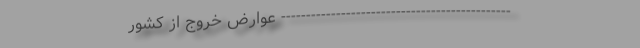
---------------------------------------------- عوارض خروج از کشور